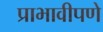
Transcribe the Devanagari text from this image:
प्राभावीपणे